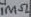
Text: 1MΩ